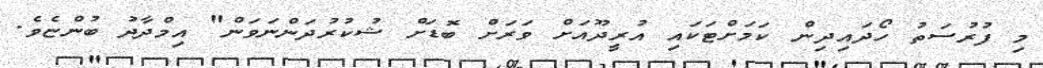
މި ފުރުސަތު ހޯދައިދިން ކަމަށްޓަކައި އުރީދޫއަށް ވަރަށް ބޮޑަށް ޝުކުރުދަންނަވަން" އިމްދާދު ބުންޏެވެ.